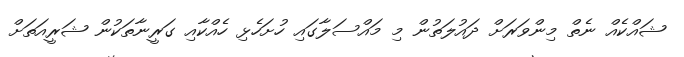
ޝައްކެއް ނެތް މިންވަރަށް ދައުލަތުން މި މައްސަލާގައި ހުށަހެޅި ހެއްކާއި ގަރީނާތަކުން ޝަރީއަތަށް